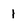
Character: 1